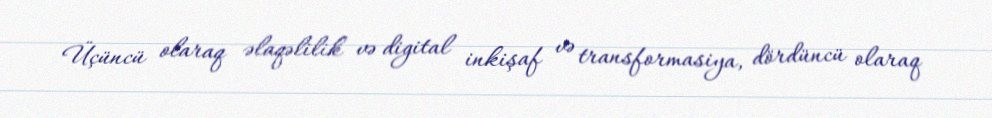
Üçüncü olaraq əlaqəlilik və digital inkişaf və transformasiya, dördüncü olaraq